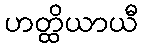
ဟတ္ထိယာယီ